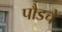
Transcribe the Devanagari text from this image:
पौडचे